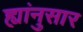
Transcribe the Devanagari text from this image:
ह्यांनुसार